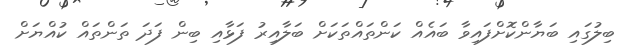
ބިލުގައި ބަޔާންކޮށްފައިވާ ބައެއް ކަންތައްތަކަށް ބަލާއިރު ފަޅާއި ބިން ފަދަ ތަންތައް ކުއްޔަށް